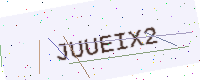
Text: JUUEIX2